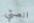
انصتي